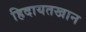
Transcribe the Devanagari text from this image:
हिदायतखान